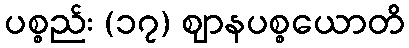
ပစ္စည်း (၁၇) ဈာနပစ္စယောတိ